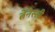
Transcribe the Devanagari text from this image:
तेंनेस्सी